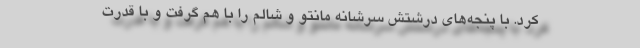
کرد. با پنجه‌های درشتش سرشانه مانتو و شالم را با هم گرفت و با قدرت